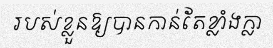
របស់ខ្លួនឱ្យបានកាន់តែខ្លាំងក្លា